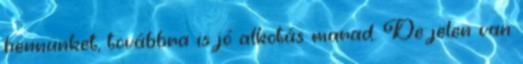
bennünket, továbbra is jó alkotás marad. De jelen van